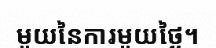
មួយនៃការមួយថ្ងៃ។